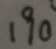
1 9 0